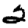
Digit: 2